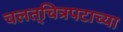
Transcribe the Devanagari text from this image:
चलत्‌चित्रपटाच्या